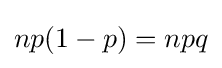
np(1-p)=npq